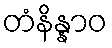
တံနိန္နာဝ